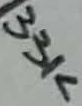
Text: 33K